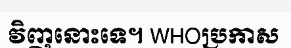
វិញនោះទេ។ WHOប្រកាស